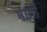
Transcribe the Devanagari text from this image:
मानोँ